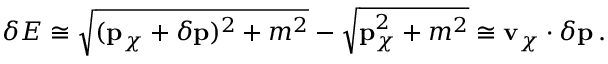
\delta E \cong \sqrt { ( { \bf p } _ { \chi } + \delta { \bf p } ) ^ { 2 } + m ^ { 2 } } - \sqrt { { \bf p } _ { \chi } ^ { 2 } + m ^ { 2 } } \cong { \bf v } _ { \chi } \cdot \delta { \bf p } \, .